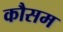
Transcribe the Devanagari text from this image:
कौसम